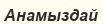
Анамыздай